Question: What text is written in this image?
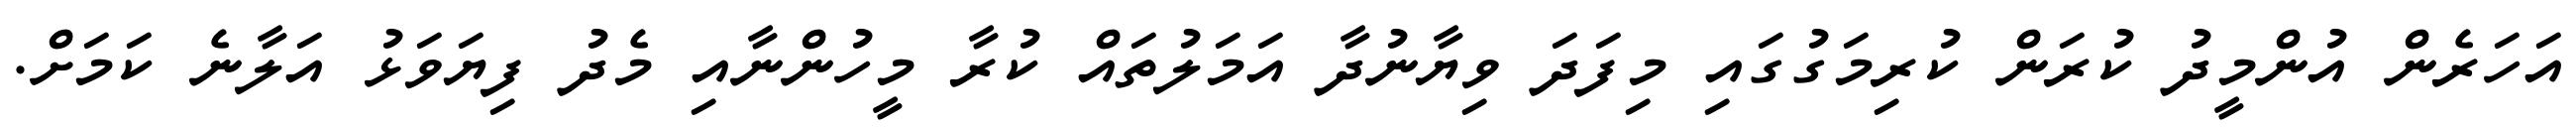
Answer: އަހަރެން އުންމީދު ކުރަން ކުރިމަގުގައި މިފަދަ ވިޔާނުދާ އަމަލުތައް ކުރާ މީހުންނާއި މެދު ފިޔަވަޅު އަލާނެ ކަމަށް.